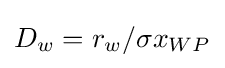
D_{w}={r_{w}}/{\sigma x_{WP}}